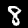
Digit: 8